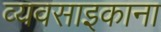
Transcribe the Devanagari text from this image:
व्यवसाइकाना